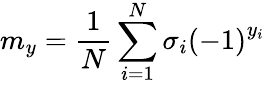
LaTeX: {{m}_{y}}=\frac{1}{N}\sum_{i=1}^{N}{{{\sigma}_{i}}}{{(-1)}^{{{y}_{i}}}}